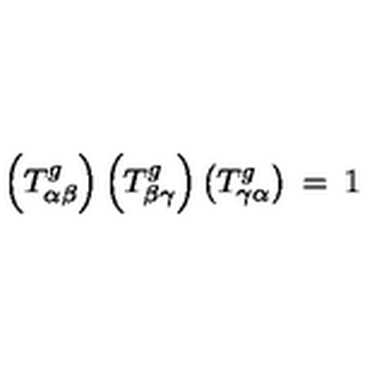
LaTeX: \left( T _ { \alpha \beta } ^ { g } \right) \left( T _ { \beta \gamma } ^ { g } \right) \left( T _ { \gamma \alpha } ^ { g } \right) \: = \: 1